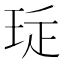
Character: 㻄